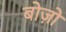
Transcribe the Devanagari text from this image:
बोज़ो